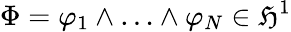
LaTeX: \Phi=\varphi_{1}\wedge\ldots\wedge\varphi_{N}\in\mathfrak{H}^{1}